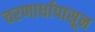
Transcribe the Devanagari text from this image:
चरणार्धापासून